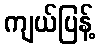
ကျယ်ပြန့်